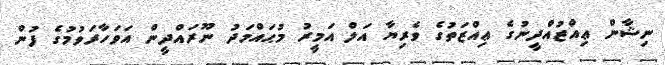
ނިޝާން ޢިއްޒުއްދީނުގެ ޢިއްޒަތުގެ ވެރިޔާ އަލް އަމީރު މުޙައްމަދު ނޫރައްދީން އަވަހާރަވުމުގެ ފުން